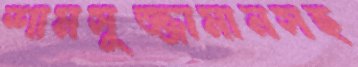
শামসুজ্জামানসহ